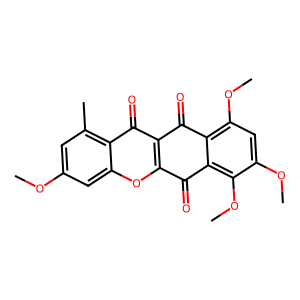
SMILES: COc1cc(C)c2c(=O)c3c(oc2c1)C(=O)c1c(OC)c(OC)cc(OC)c1C3=O
Inhibits HIV replication: No